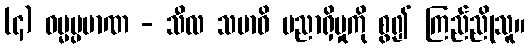
(၄) ဓမ္မပ္ပမာဏ - သီလ သမာဓိ ပညာရှိမှုကို စွ၍ ကြည်ညိုသူ။